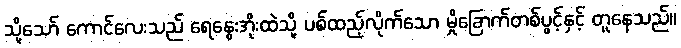
သို့သော် ကောင်လေးသည် ရေနွေးအိုးထဲသို့ ပစ်ထည့်လိုက်သော မှိုခြောက်တစ်ပွင့်နှင့် တူနေသည်။